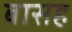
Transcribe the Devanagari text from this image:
बासह